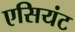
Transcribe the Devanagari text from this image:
एसियंट